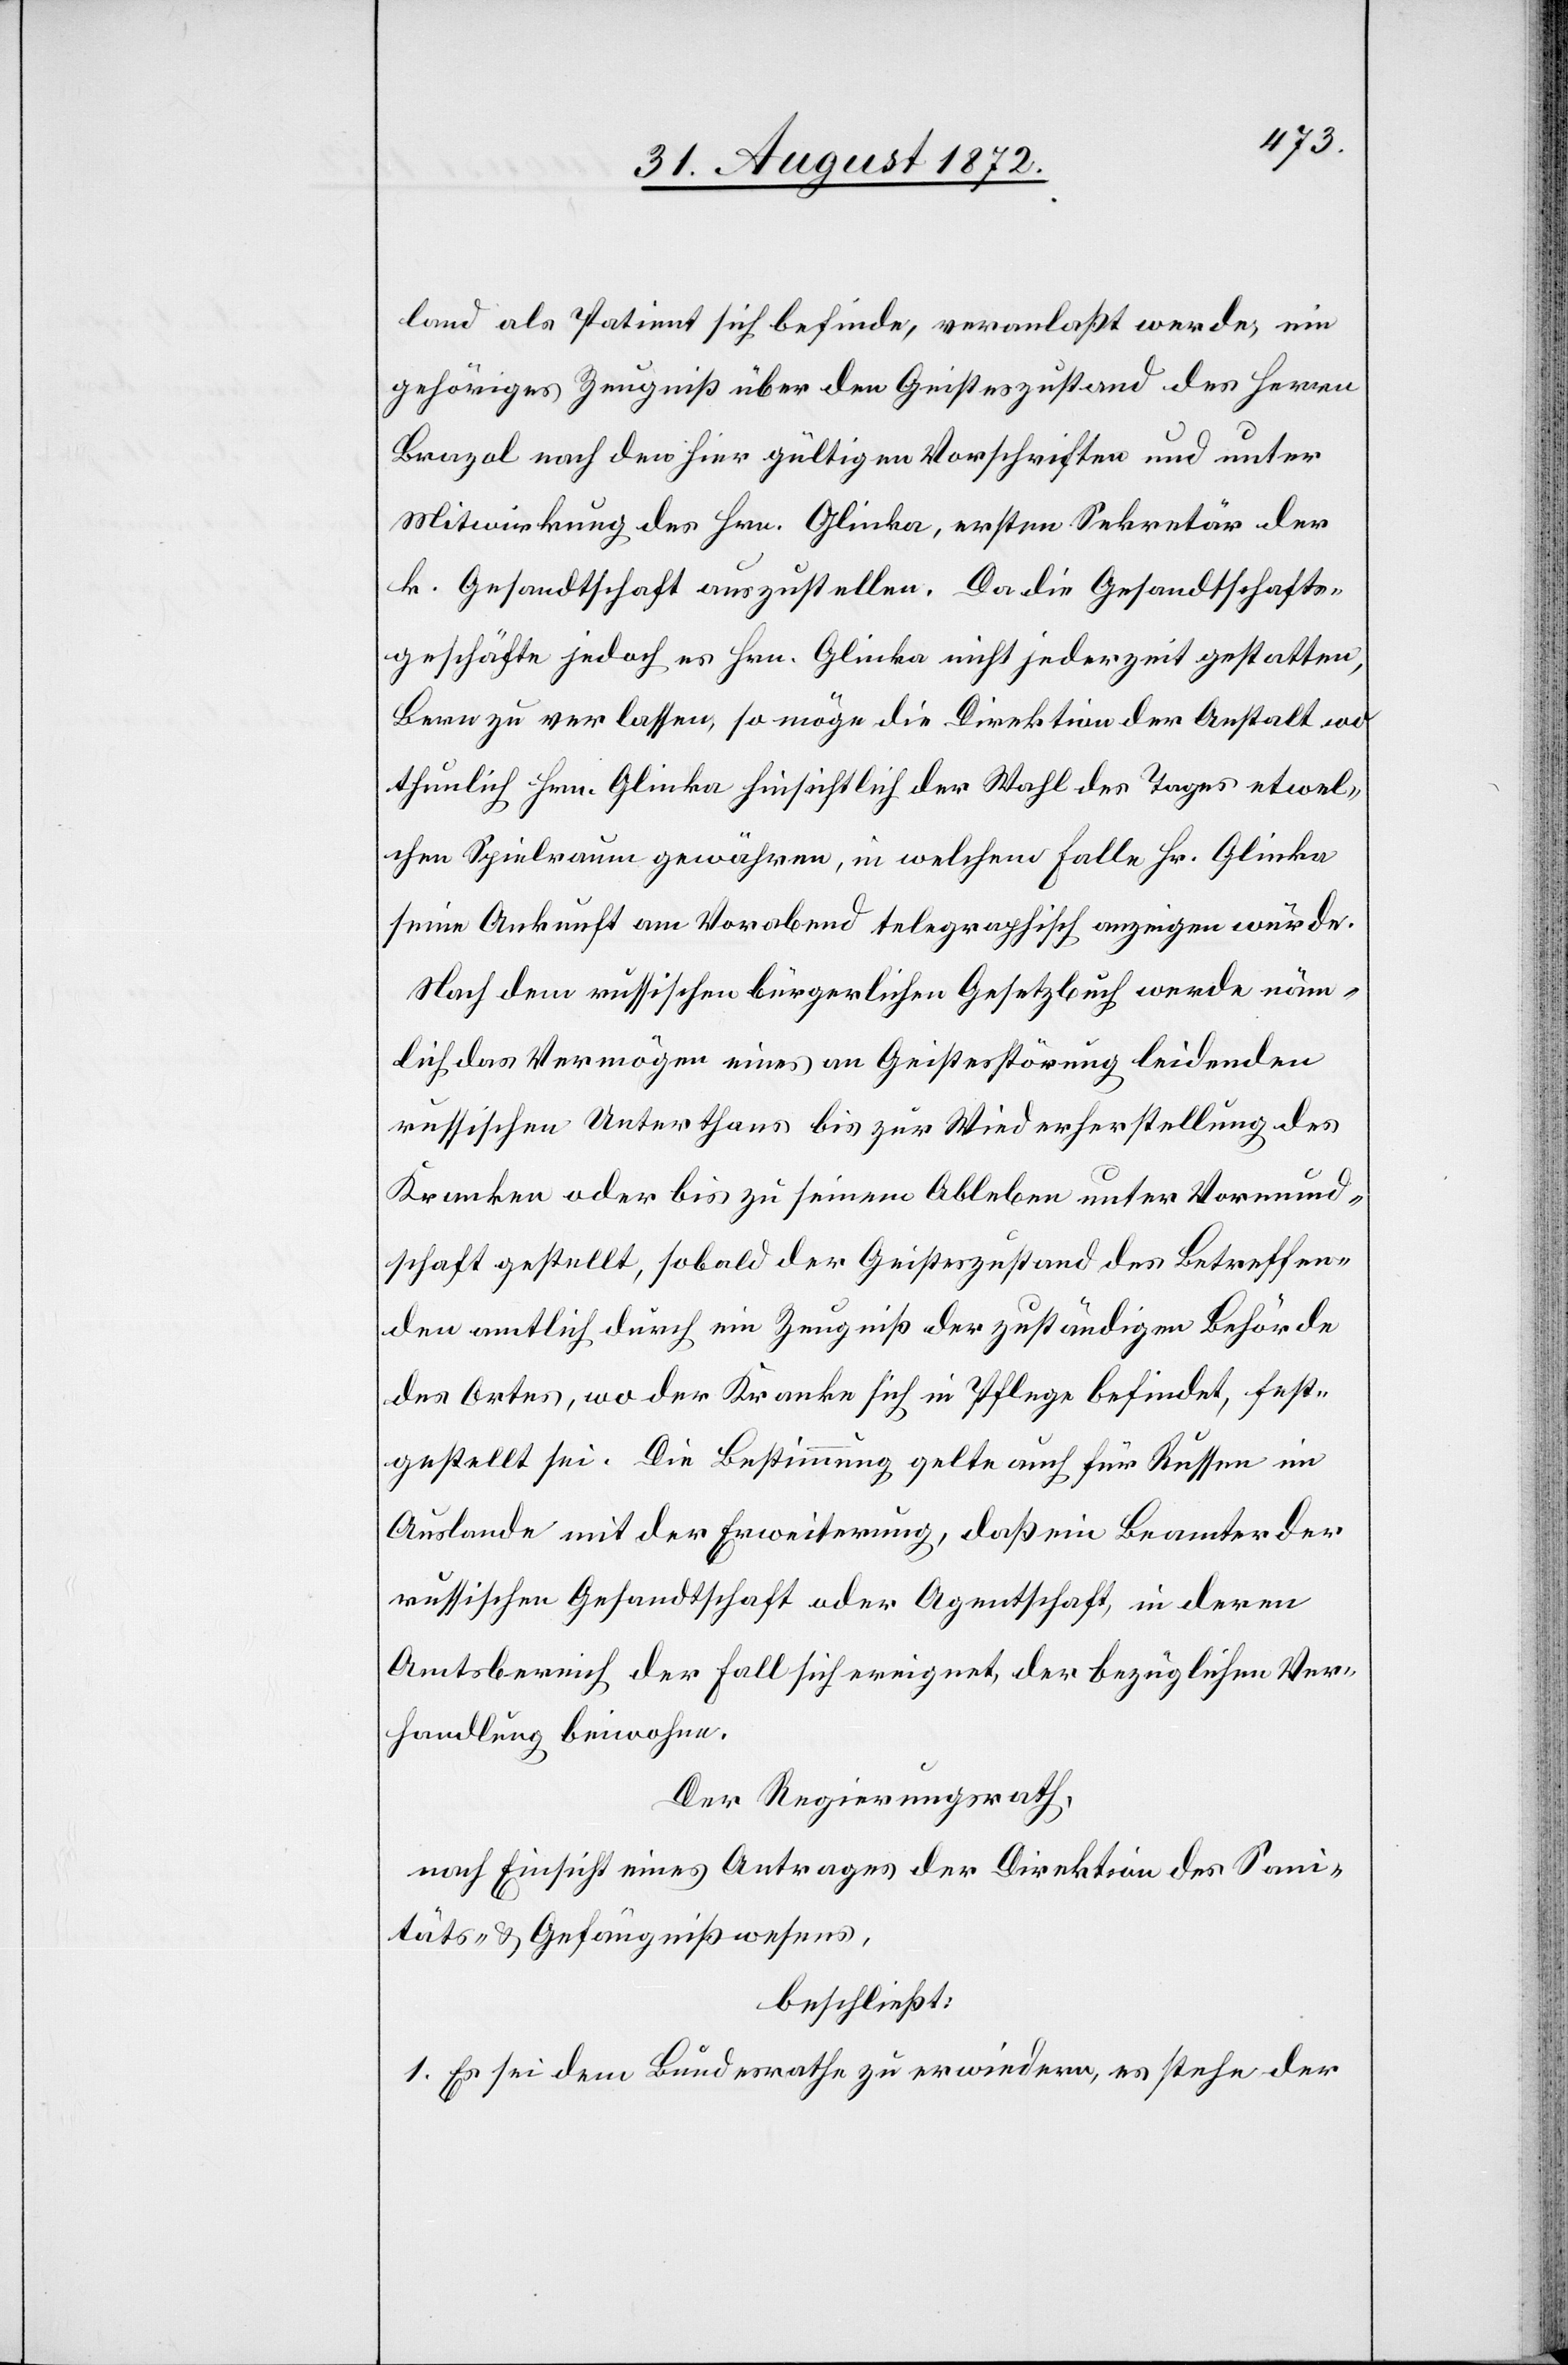
land als Patient sich befinde, veranlaßt werde, ein
gehöriges Zeugniß über den Geisteszustand des Herren
Brazol nach den hier gültigen Vorschriften und unter
Mitwirkung des Hrn. Glinka, ersten Sekretär der
k. Gesandtschaft auszustellen. Da die Gesandtschafts¬
geschäfte jedoch es Hrn. Glinka nicht jederzeit gestatten,
Bern zu verlassen, so möge die Direktion der Anstalt wo
thunlich Hrn. Glinka hinsichtlich der Wahl des Tages etwel¬
chen Spielraum gewähren, in welchem Falle Hr. Glinka
seine Ankunft am Vorabend telegraphisch anzeigen würde.
Nach dem russischen bürgerlichen Gesetzbuch werde näm¬
lich das Vermögen eines an Geistesstörung leidenden
russischen Unterthans bis zur Wiederherstellung des
Kranken oder bis zu seinem Ableben unter Vormund¬
schaft gestellt, sobald der Geisteszustand des Betreffen¬
den amtlich durch ein Zeugniß der zuständigen Behörde
des Ortes, wo der Kranke sich in Pflege befindet, fest¬
gestellt sei. Die Bestimmung gelte auch für Russen im
Auslande mit der Erweiterung oder Agentschaft,
Amtsbereich der Fall sich ereignet, der bezüglichen Ver¬
handlung beiwohne.
Der Regierungsrath,
nach Einsicht eines Antrages der Direktion des Sani¬
täts- u. Gefängnißwesens,
beschließt:
1. Es sei dem Bundesrathe zu erwiedern, es stehe der